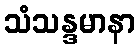
သံသန္ဒမာနာ